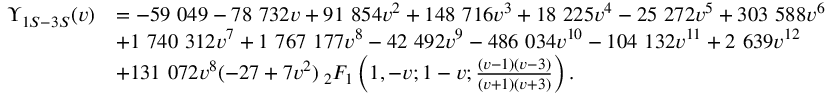
\begin{array} { r l } { \Upsilon _ { 1 S - 3 S } ( v ) } & { = - 5 9 ~ 0 4 9 - 7 8 ~ 7 3 2 v + 9 1 ~ 8 5 4 v ^ { 2 } + 1 4 8 ~ 7 1 6 v ^ { 3 } + 1 8 ~ 2 2 5 v ^ { 4 } - 2 5 ~ 2 7 2 v ^ { 5 } + 3 0 3 ~ 5 8 8 v ^ { 6 } } \\ & { + 1 ~ 7 4 0 ~ 3 1 2 v ^ { 7 } + 1 ~ 7 6 7 ~ 1 7 7 v ^ { 8 } - 4 2 ~ 4 9 2 v ^ { 9 } - 4 8 6 ~ 0 3 4 v ^ { 1 0 } - 1 0 4 ~ 1 3 2 v ^ { 1 1 } + 2 ~ 6 3 9 v ^ { 1 2 } } \\ & { + 1 3 1 ~ 0 7 2 v ^ { 8 } ( - 2 7 + 7 v ^ { 2 } ) \: _ { 2 } F _ { 1 } \left( 1 , - v ; 1 - v ; \frac { ( v - 1 ) ( v - 3 ) } { ( v + 1 ) ( v + 3 ) } \right) . } \end{array}